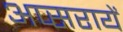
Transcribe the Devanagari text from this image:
अप्सरायें